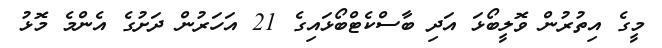
މީގެ އިތުރުން ވޮލީބޯޅަ އަދި ބާސްކެޓްބޯޅައިގެ 21 އަހަރުން ދަށުގެ އެންމެ މޮޅު